Vaccination in Burma 1900-1911 - 1900-1911
Year: 1900
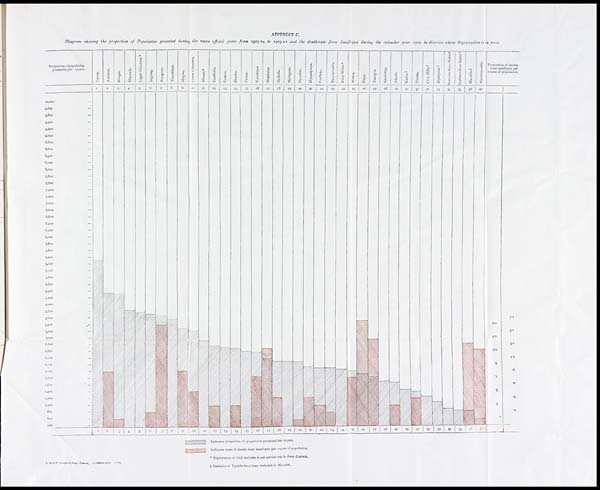
APPENDIX C.
Diagram showing the proportion of Population protected during the seven official years from 1903-04 to 1909-10 and the death-rate from Small-pox during the calendar year 1909
districts where Registration is in force.